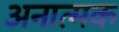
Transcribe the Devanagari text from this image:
अनात्मक